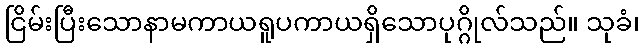
ငြိမ်းပြီးသောနာမကာယရူပကာယရှိသောပုဂ္ဂိုလ်သည်။ သုခံ၊